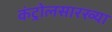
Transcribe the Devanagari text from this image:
कंट्रोलसारख्या